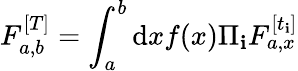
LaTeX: F_{a,b}^{[T]}=\int_{a}^{b}\mathrm{d}xf(x)\Pi_{\mathbf{i}}F_{a,x}^{[t_{\mathbf{i}}]}